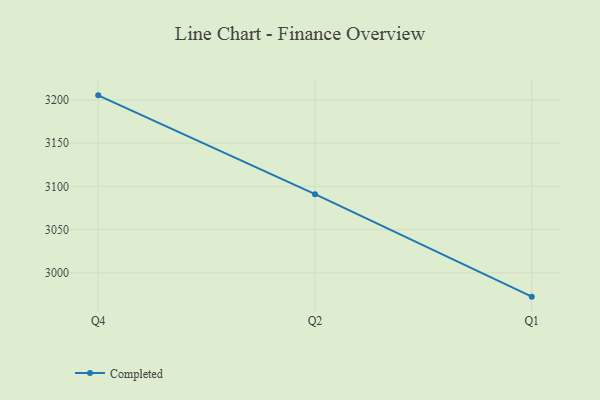
{"axis": {"x": "Quarter", "y": "Production Output"}, "legend": ["Completed"], "data": [{"x": "Q4", "y": 3205.4, "type": "Completed"}, {"x": "Q2", "y": 3091.0, "type": "Completed"}, {"x": "Q1", "y": 2972.4, "type": "Completed"}]}